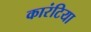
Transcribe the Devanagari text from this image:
कारंटिया